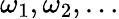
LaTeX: \omega_{1},\omega_{2},\ldots